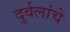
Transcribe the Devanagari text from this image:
दुर्बलांचे